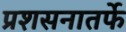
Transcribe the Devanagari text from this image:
प्रशसनातर्फे